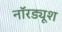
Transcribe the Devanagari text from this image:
नॉरड्यूश